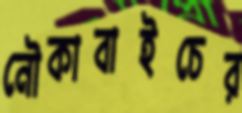
নৌকাবাইচের